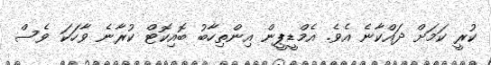
ކުރީ ކަމަށް ދައްކާނެ އެވެ. އެމްޑީޕީން އިންތިހާބު ބޮއިކޮޓް ކުރާނެ ވާހަކަ ވެސް